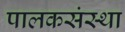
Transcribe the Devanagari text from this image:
पालकसंस्था